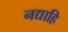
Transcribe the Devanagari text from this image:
नद्याहि